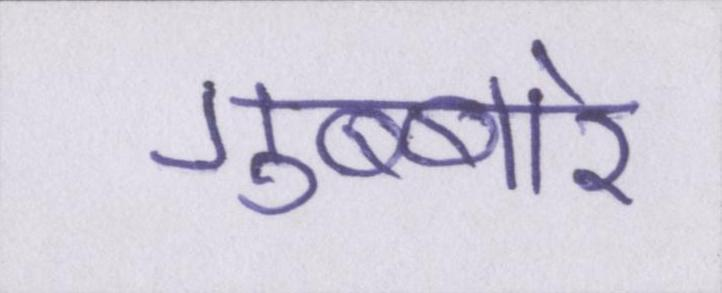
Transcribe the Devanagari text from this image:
गुब्बारे